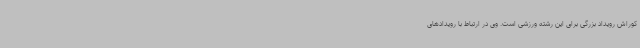
کوراش رویداد بزرگی برای این رشته ورزشی است. وی در ارتباط با رویدادهای